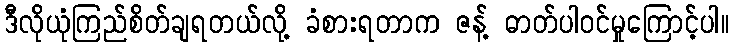
ဒီလိုယုံကြည်စိတ်ချရတယ်လို့ ခံစားရတာက ဇန့် ဓာတ်ပါဝင်မှုကြောင့်ပါ။